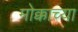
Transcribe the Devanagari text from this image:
मोक्काच्या